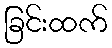
ခြင်းထက်